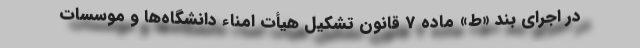
در اجرای بند «ط» ماده 7 قانون تشکیل هیأت امناء دانشگاه‌‌ها و موسسات